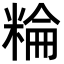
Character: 𥺽